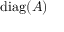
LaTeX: \operatorname { d i a g } ( A )